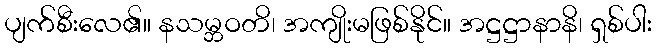
ပျက်စီးလေ၏။ နသမ္ဘဝတိ၊ အကျိုးမဖြစ်နိုင်။ အဋ္ဌဋ္ဌာနာနိ၊ ရှစ်ပါး